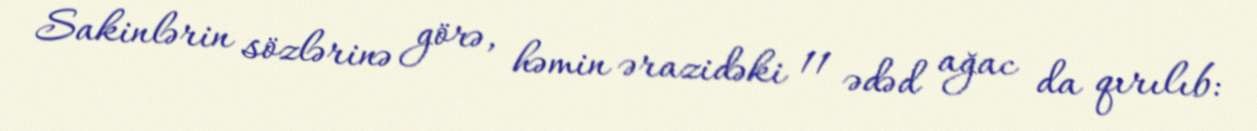
Sakinlərin sözlərinə görə, həmin ərazidəki 11 ədəd ağac da qırılıb: